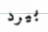
بيرد